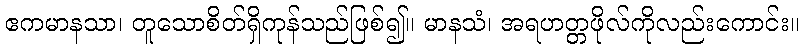
ဧကမာနသာ၊ တူသောစိတ်ရှိကုန်သည်ဖြစ်၍။ မာနသံ၊ အရဟတ္တဖိုလ်ကိုလည်းကောင်း။